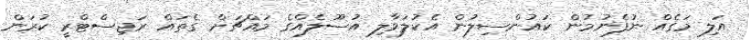
އަލި މަގެއް ނުފެނުމުން ކައުންސިލުން އެކުލަވާލި އުސޫލެއްގެ މައްޗަށް ގެތައް ރަޖިސްޓްރީ ކުރަން